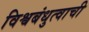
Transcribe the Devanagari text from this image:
विश्वबंधुत्वाची